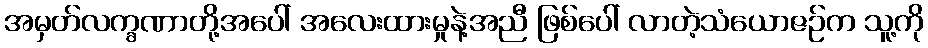
အမှတ်လက္ခဏာတို့အပေါ် အလေးထားမှုနဲ့အညီ ဖြစ်ပေါ် လာတဲ့သံယောဇဉ်က သူ့ကို